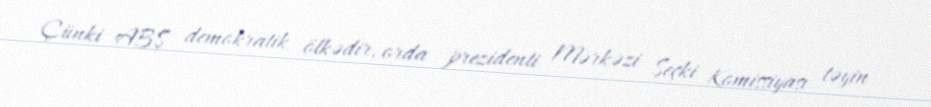
Çünki ABŞ demokratik ölkədir, orda prezidenti Mərkəzi Seçki Komissiyası təyin